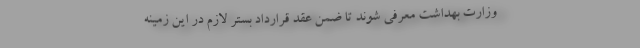
وزارت بهداشت معرفی شوند تا ضمن عقد قرارداد بستر لازم در این زمینه